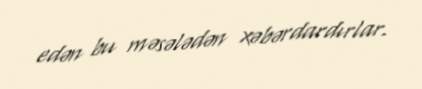
edən bu məsələdən xəbərdardırlar.